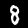
Label: 8